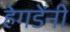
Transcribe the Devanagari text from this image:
हेगडेंनी